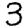
Digit: 3